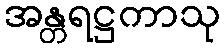
အန္တရဋ္ဌကာသု